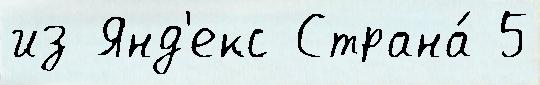
из Янд'екс Страна́ 5